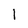
Character: I